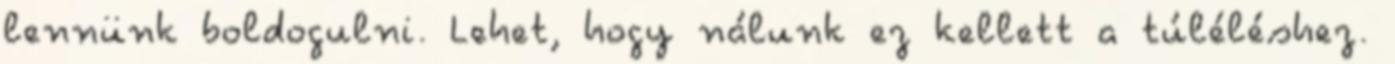
lennünk boldogulni. Lehet, hogy nálunk ez kellett a túléléshez.